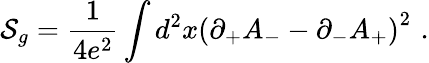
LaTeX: {\cal S}_{g}={\frac{1}{4e^{2}}}\int d^{2}x\left(\partial_{+}A_{-}-\partial_{-}A_{+}\right)^{2}\, \, .